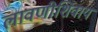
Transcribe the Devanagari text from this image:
लावणीशिवाय